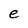
Character: e